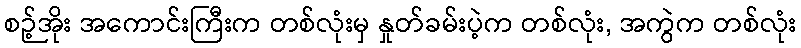
စဉ့်အိုး အကောင်းကြီးက တစ်လုံးမှ နှုတ်ခမ်းပဲ့က တစ်လုံး, အကွဲက တစ်လုံး